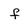
Character: f